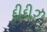
દીદીઝ